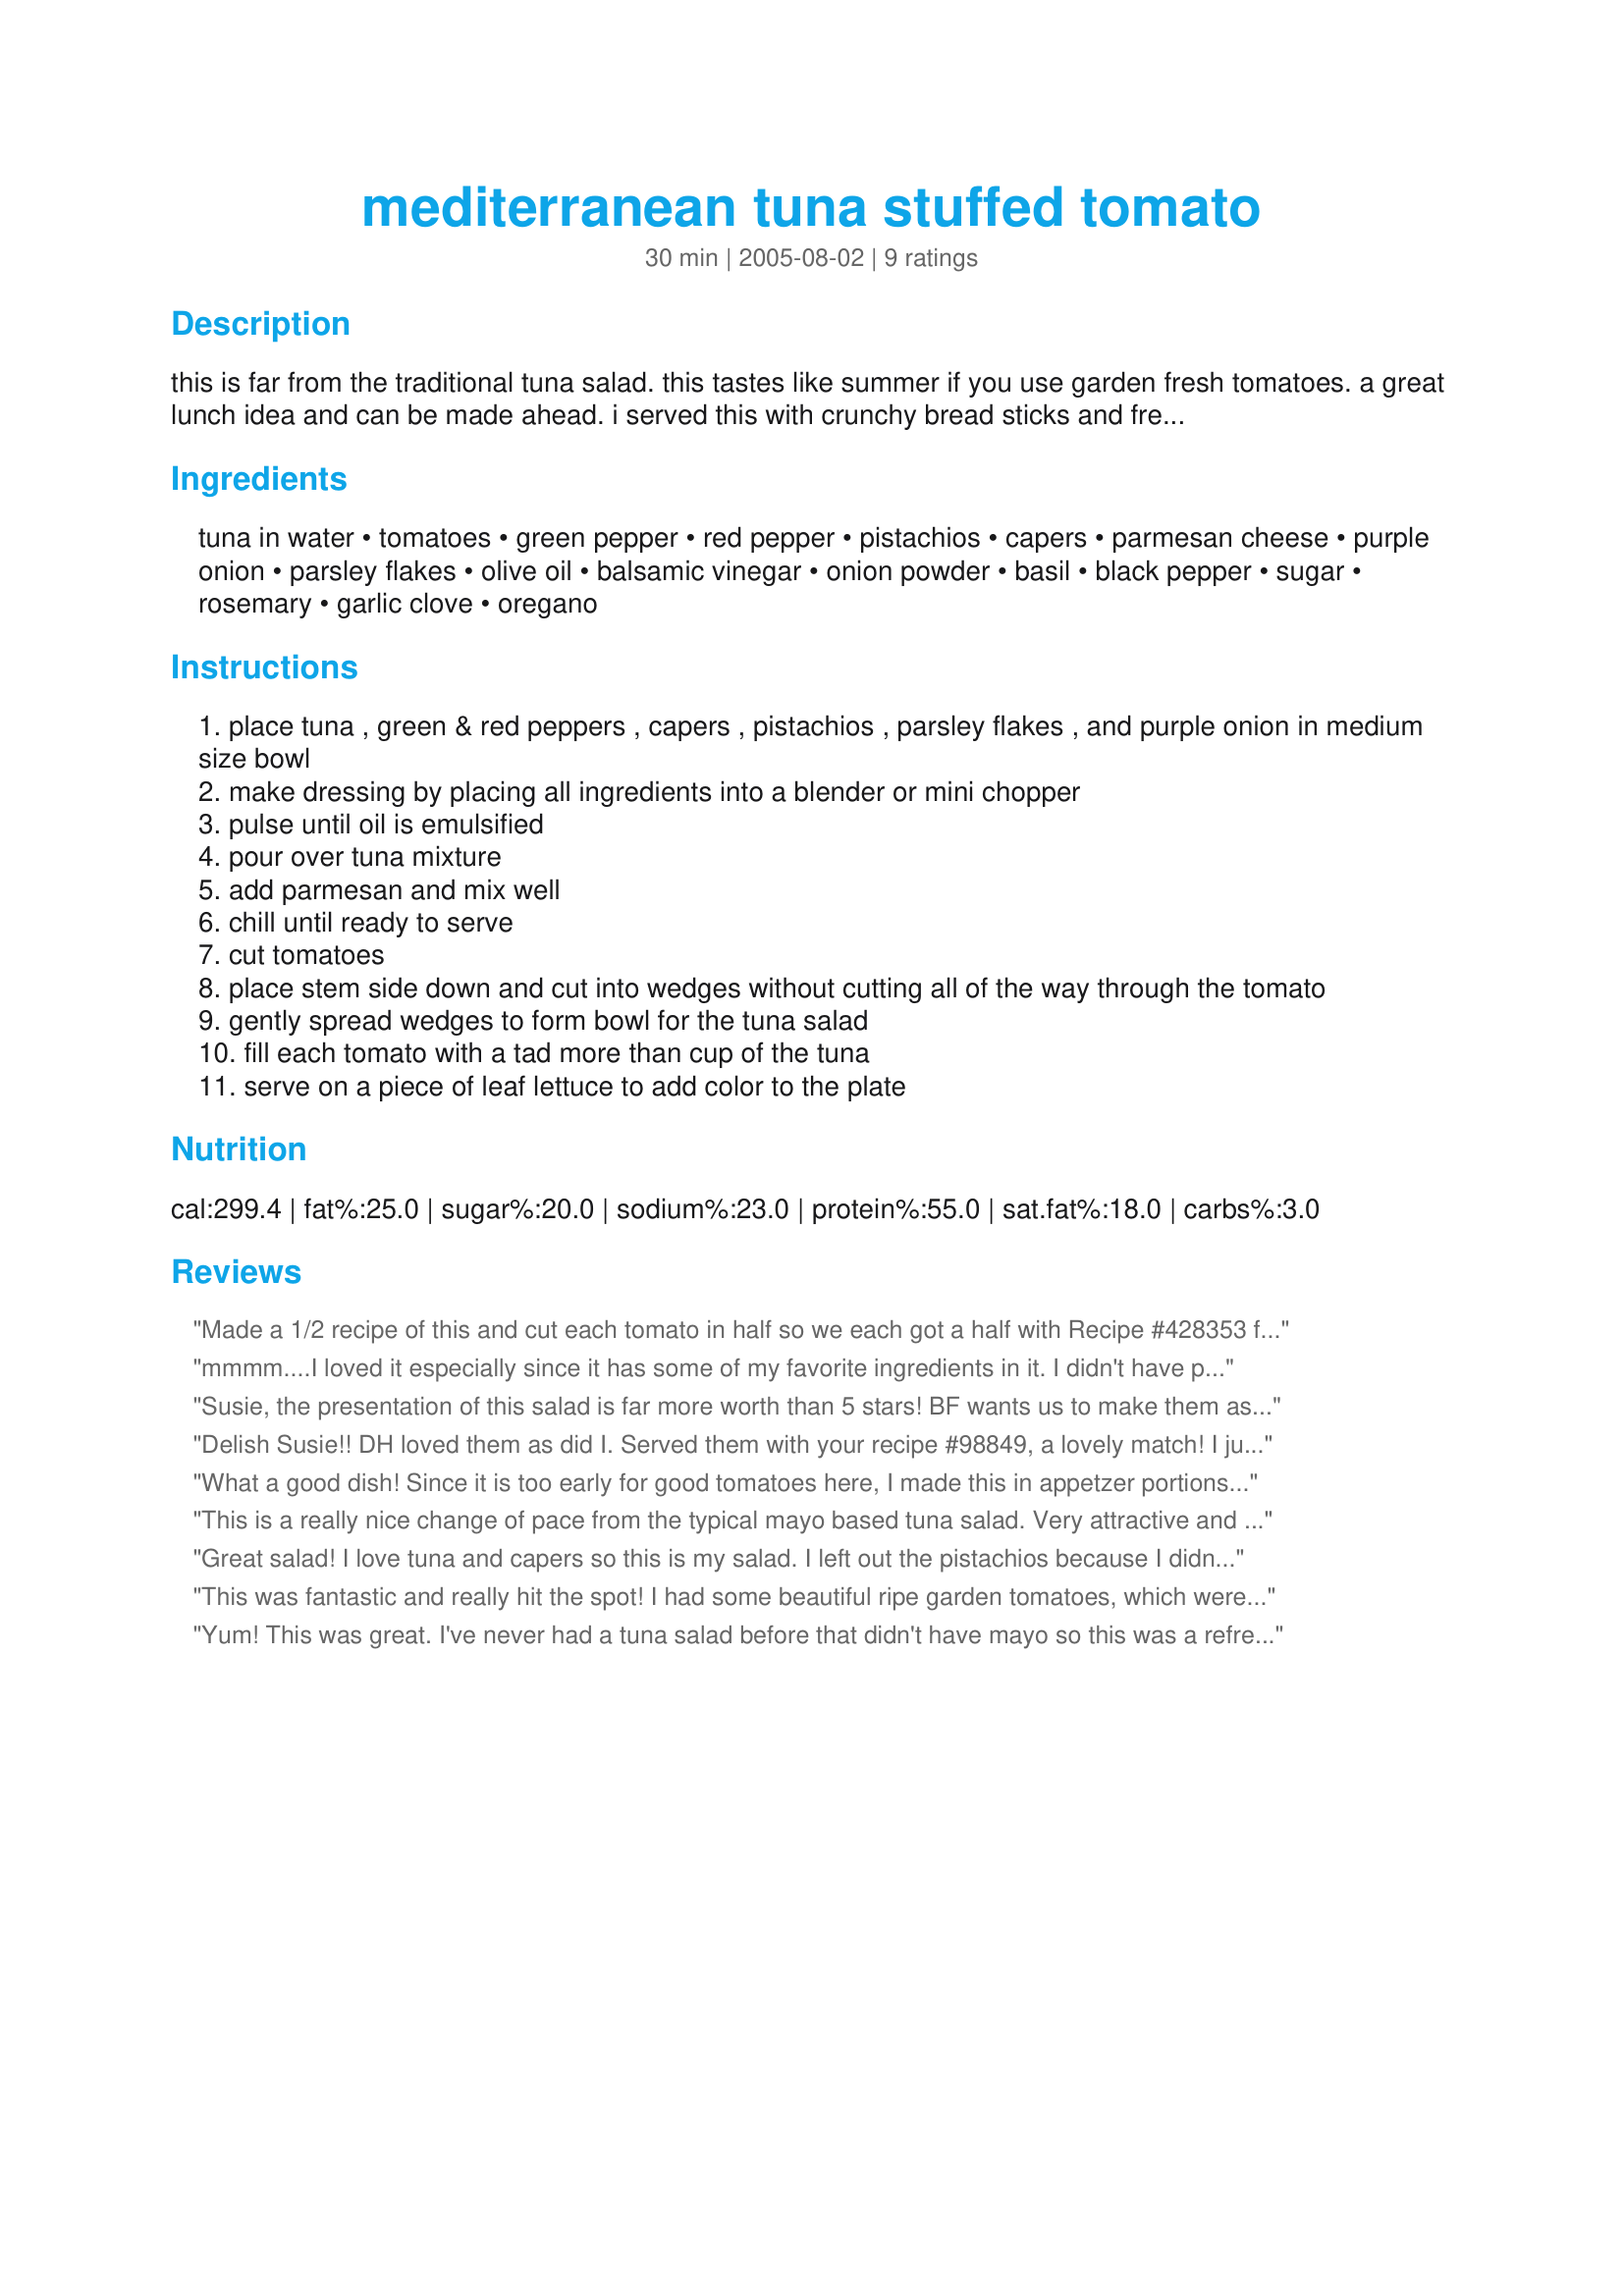
mediterranean tuna stuffed tomato
Preparation time: 30 minutes

this is far from the traditional tuna salad. this tastes like summer if you use garden fresh tomatoes. a great lunch idea and can be made ahead. i served this with crunchy bread sticks and fresh fruit. created for rsc #6 contest.

Ingredients:
tuna in water, tomatoes, green pepper, red pepper, pistachios, capers, parmesan cheese, purple onion, parsley flakes, olive oil, balsamic vinegar, onion powder, basil, black pepper, sugar, rosemary, garlic clove, oregano

Steps:
place tuna , green & red peppers , capers , pistachios , parsley flakes , and purple onion in medium size bowl
make dressing by placing all ingredients into a blender or mini chopper
pulse until oil is emulsified
pour over tuna mixture
add parmesan and mix well
chill until ready to serve
cut tomatoes
place stem side down and cut into wedges without cutting all of the way through the tomato
gently spread wedges to form bowl for the tuna salad
fill each tomato with a tad more than cup of the tuna
serve on a piece of leaf lettuce to add color to the plate

Reviews:
Made a 1/2 recipe of this and cut each tomato in half so we each got a half with Recipe #428353 for lunch. Really good, bright flavours here. I especially enjoyed the addition of pistachios here. Thanks.
mmmm....I loved it especially since it has some of my favorite ingredients in it. I didn't have pistachios nuts though :(. Made for ZWT4.
Susie, the presentation of this salad is far more worth than 5 stars! BF wants us to make them as part of a buffet for 100 people because they look SO GREAT! The stuffed tomatoes taste as good as they look, although I won't include the pistachios next time, as I couldn't taste them at all. However, maybe I should have bought the salted ones that are usually served as an appetizer? I used green pistachios without shells that I bought that way. They might be smaller and more delicate than the salted variety. Well, I could try those or add toasted pine nuts (maybe leave them whole) or hazelnuts. The taste of the salad was very similar to the tuna salad I usually make which contains onions, olive oil, capers and lots of fresh parsley. However, it never occured to me that I could serve it in tomato flowers! Well done, Susie! I assume it was a RSC submission, wasn't it?
Delish Susie!! DH loved them as did I. Served them with your recipe #98849, a lovely match! I just made half a recipe for the two of us and used walnuts as that is what I had. It was a lovely cool supper and i will be making them again, thanks for posting!
What a good dish! Since it is too early for good tomatoes here, I made this in appetzer portions, using Roma tomato halves. I did use Italian tuna in olive oil, a little more garlic than called for and skipped the sugar. I garnished with slices of black olives and extra capers. They were gobbled up instantly! Thanks, SusieD!
This is a really nice change of pace from the typical mayo based tuna salad. Very attractive and a nice combo of flavours. Big plus is that it is all South Beach diet legal since I used light parmesan and didn't use the optional sugar. I cut this recipe in half and made it for the two of us for lunch. The amount it made was just perfect, a very nice lunch for a summer day. Thanks for sharing this recipe and good luck in the contest.
Great salad! I love tuna and capers so this is my salad. I left out the pistachios because I didn't have any and also left out the sugar. I took a byte yesterday and save the rest for my lunch today! EXCELLENT. I will have it often in the future.Thanks SusieD!!!
This was fantastic and really hit the spot! I had some beautiful ripe garden tomatoes, which were perfect in this dish. I also added some minced kalamata olives, which is the only change I made. What a wonderful lunch I enjoyed! I wished I'd taken a photo, but I ate it too fast! Made for Culinary Quest 2016.
Yum! This was great. I've never had a tuna salad before that didn't have mayo so this was a refreshing contrast. After reading the previous reviews, I added a few more pistachios that I really enjoyed. Since I halved the recipe the ingredients were too few to reach the blade in my mini processor, lol, so I just manually crushed them a bit. Thanks Susie for a nice treat. Made by an Unruly Under the Influence for ZWT6.
